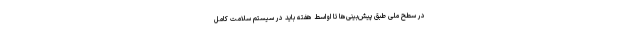
در سطح ملی طبق پیش‌بینی‌ها تا اواسط هفته باید در سیستم سلامت کامل